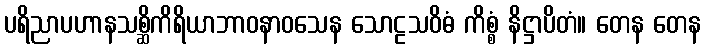
ပရိညာပဟာနသစ္ဆိကိရိယာဘာဝနာဝသေန သောဠသဝိဓံ ကိစ္စံ နိဋ္ဌာပိတံ။ တေန တေန